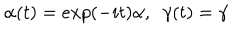
\alpha ( t ) = e x p ( - i t ) \alpha , ~ ~ \gamma ( t ) = \gamma